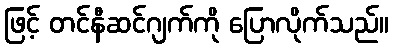
ဖြင့် တင်နီဆင်ဂျက်ကို ပြောလိုက်သည်။